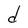
Character: d